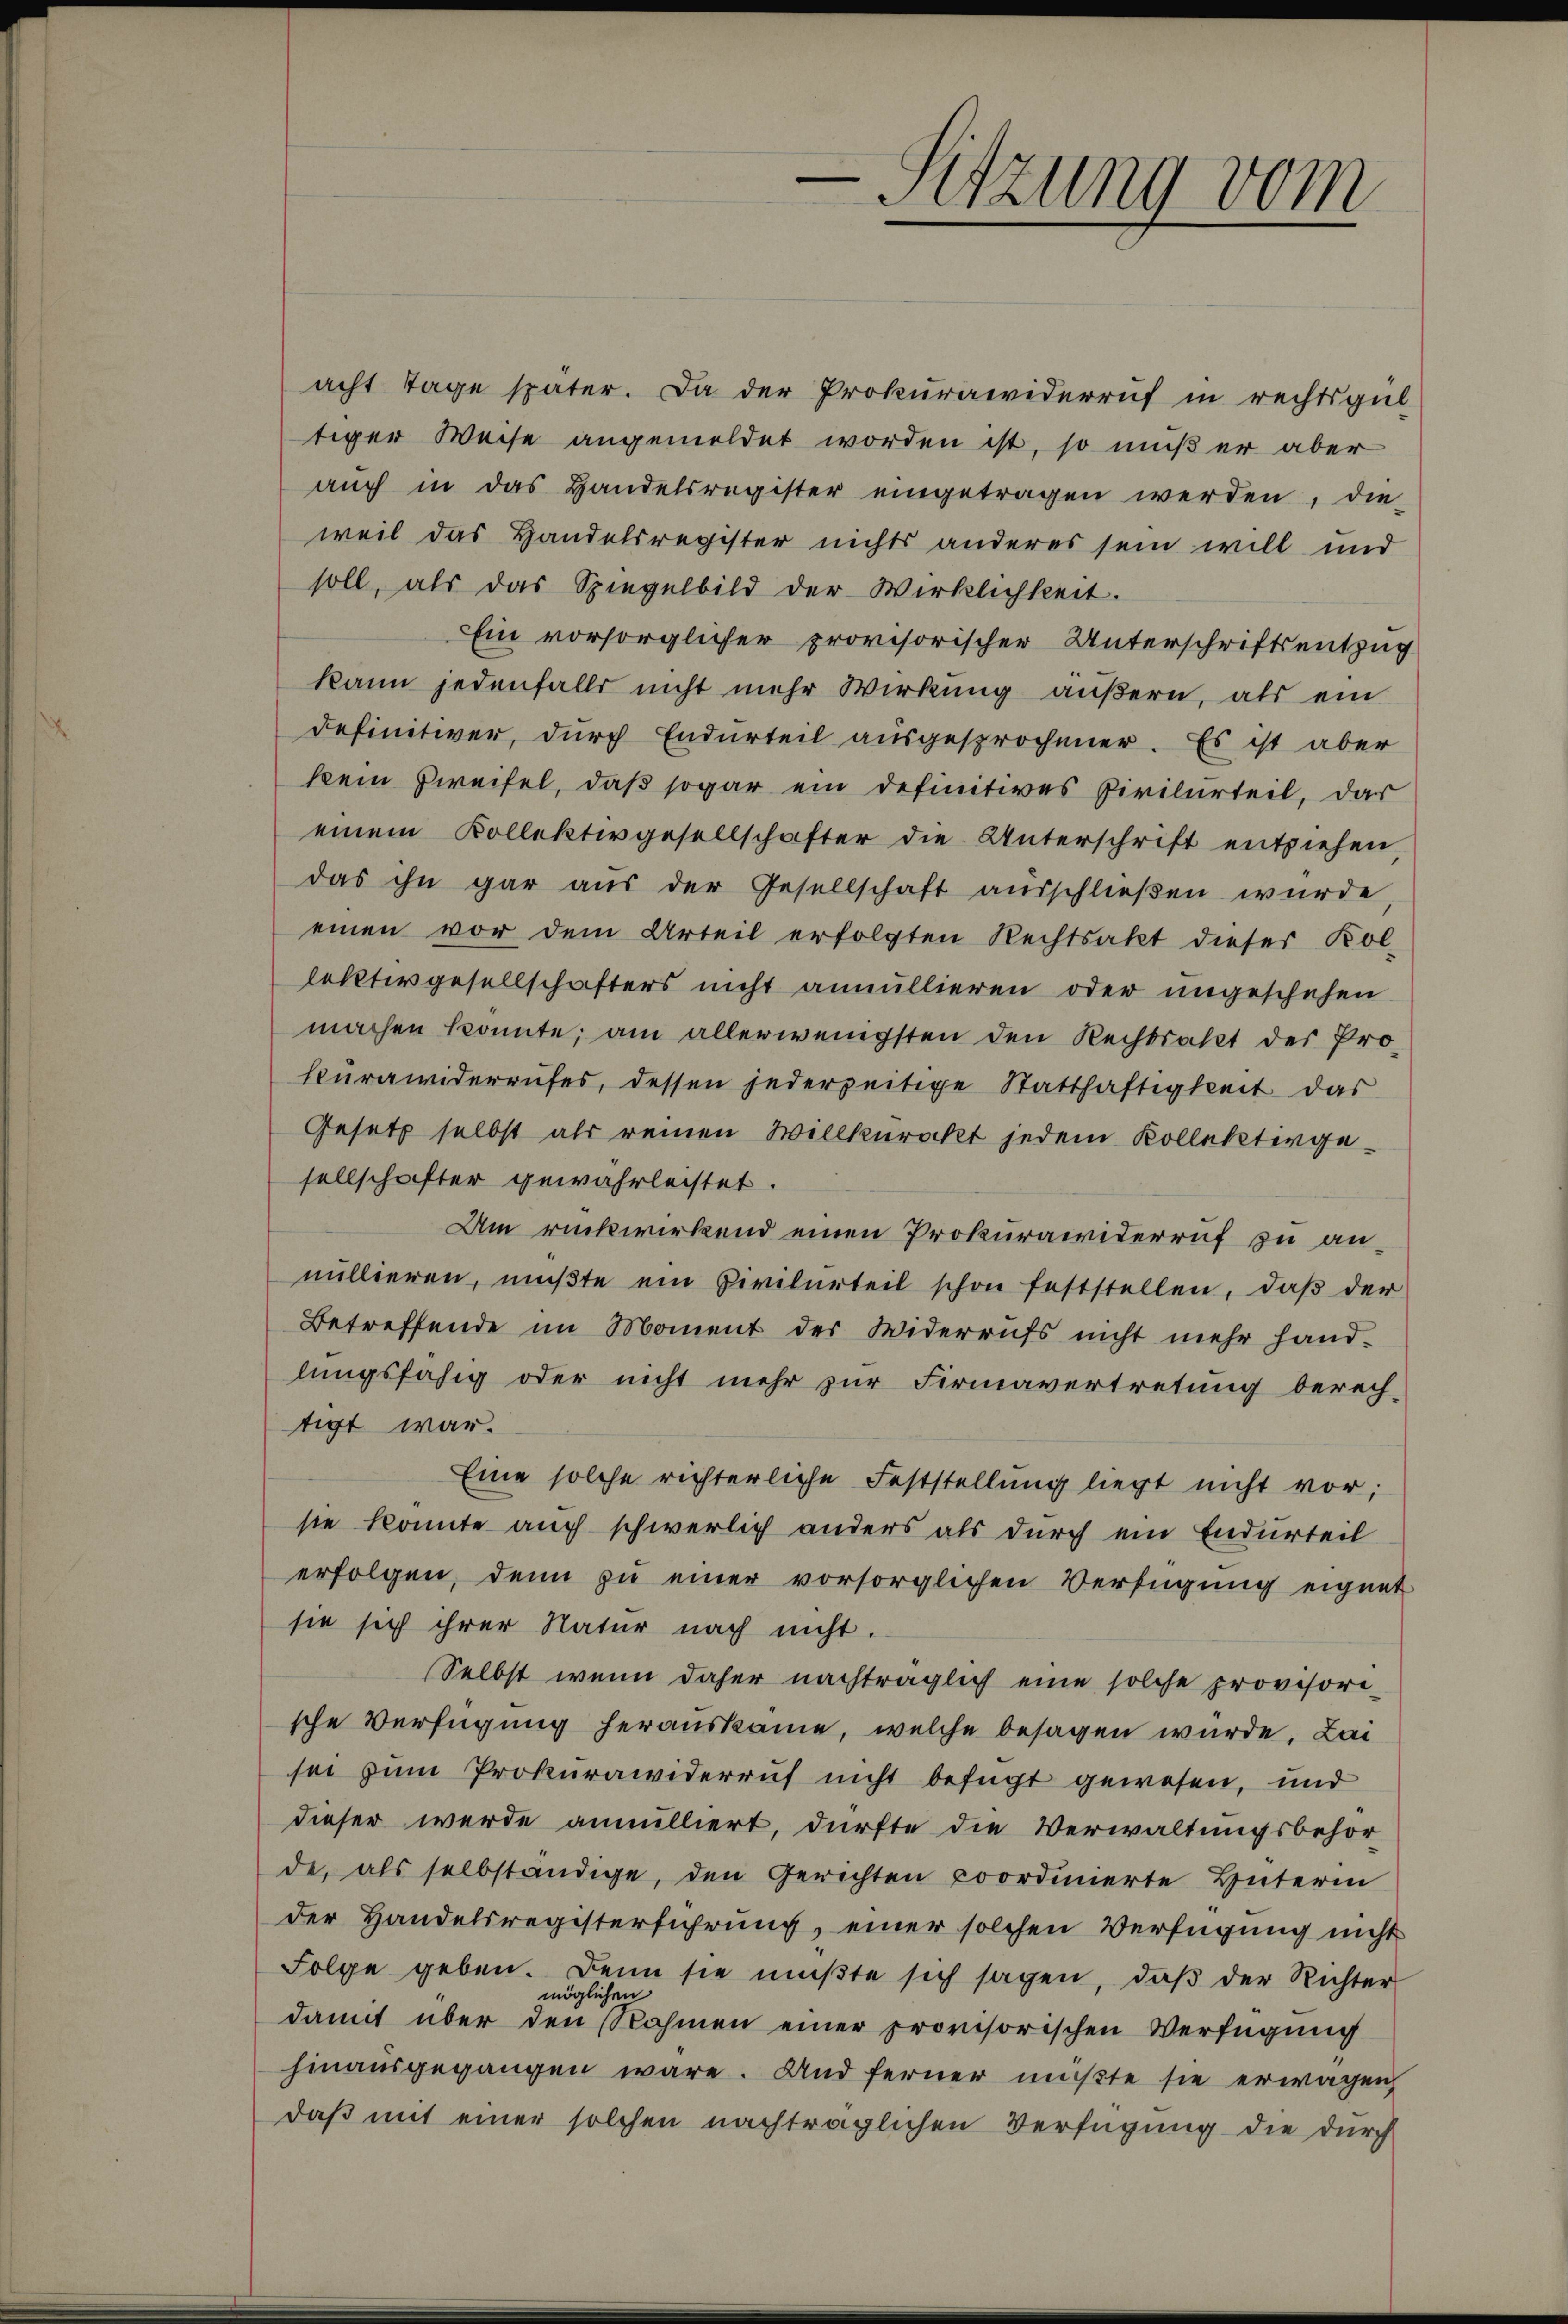
acht Tage später. Da der Prokurawiderruf in rechtsgül-
tiger Weise angemeldet worden ist, so muß er aber
aŭch in das Handelsregister eingetragen werden, die-
weil das Handelsregister nichts anderes sein will und
soll, als das Spiegelbild der Wirklichkeit.
Ein vorsorglicher provisorischer Unterschriftsentzug
kann jedenfalls nicht mehr Wirkung äußern, als ein
definitiver, durch Endurteil ausgesprochener. Es ist aber
kein Zweifel, daß sogar ein definitives Civilurteil, das
einem Kollektivgesellschafter die Unterschrift entziehen
das ihn gar aus der Gesellschaft ausschließen wurde
einen vor dem Urteil erfolgten Rechtsakt dieser Kol-
lektivgesellschafters nicht annullieren oder ungeschehen
machen konnte; am allerwenigsten den Rechtsakt der Prokürawiderrufes, dessen jederzeitige Statthaftigkeit das
Gesetz selbst als reinen Willkürackt jedem Kollektivgesellschafter gewährleistet.
Um rückwirkend einen Prokurawiderruf zu annullieren, mŭβte ein Civilurteil schon feststellen, daβ der
Betreffende im Moment der Widerrufs nicht mehr handlungsfähig oder nicht mehr zur Firmavertretung berech-
tigt war.
Eine solche richterliche Feststellung liegt nicht vor;
sie konnte auch schwerlich anders als durch ein Endurteil
erfolgen, denn zu einer vorsorglichen Verfügung eignet
sie sich ihrer Natur nach nicht.
Selbst wenn daher nachträglich eine solche provisori-
sche Verfügung herauskäme, welche besagen würde, Lai
sei zum Prokurawiderruf nicht befügt gewesen, und
dieser werde annulliert, dürfte die Verwaltungsbehörde, als selbständige, den Gerichten coordinierte Hüterin
der Handelsregisterführung, einer solchen Verfügung nicht
Folge geben. Denn sie mŭβte sich sagen, daβ der Richter
möglichen
damit über den Nahmen einer provisorischen Verfügung
hinausgegangen wäre. Und ferner mußte sie erwagen
daß mit einer solchen nachträglichen Verfügung die durch

s
Sitzung vom